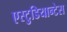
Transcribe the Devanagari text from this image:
एस्टुडियान्टेस